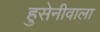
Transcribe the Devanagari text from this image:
हुसेनीवाला